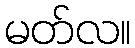
မတ်လ။